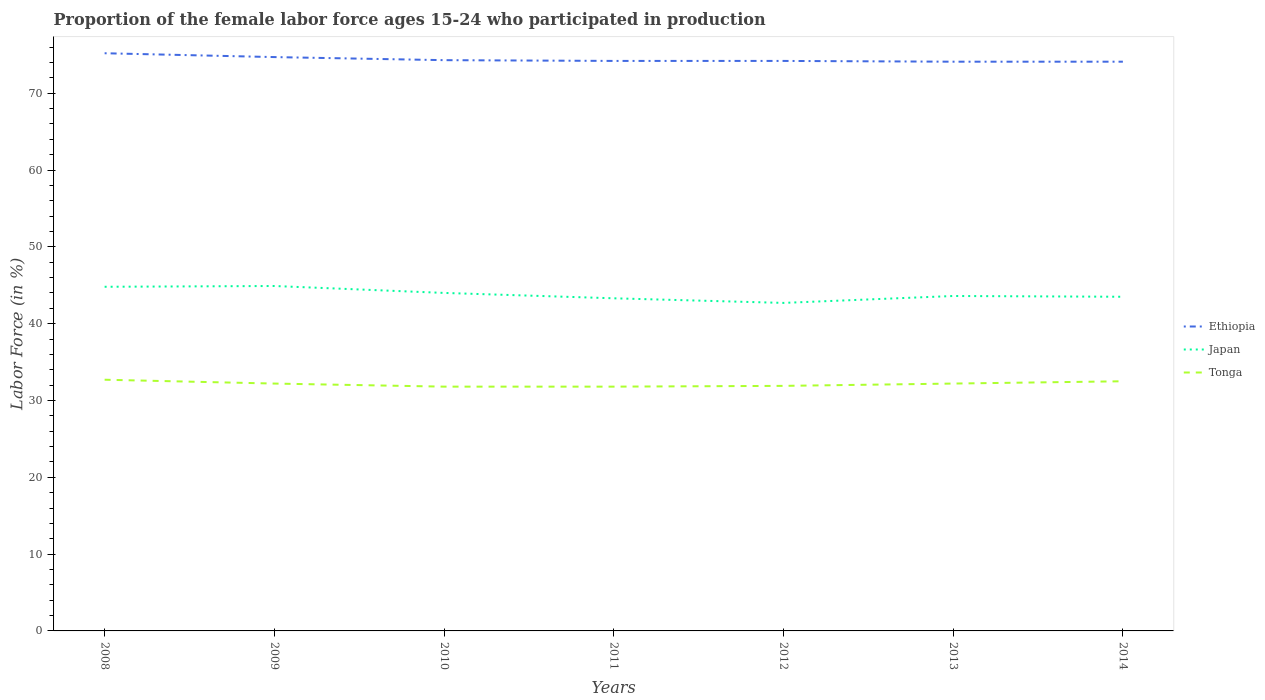
| Years | Ethiopia | Japan | Tonga |
 | --- | --- | --- | --- |
 | 2008 | 75.2 | 44.8 | 32.7 |
 | 2009 | 74.7 | 44.9 | 32.2 |
 | 2010 | 74.3 | 44 | 31.8 |
 | 2011 | 74.2 | 43.3 | 31.8 |
 | 2012 | 74.2 | 42.7 | 31.9 |
 | 2013 | 74.1 | 43.6 | 32.2 |
 | 2014 | 74.1 | 43.5 | 32.5 |